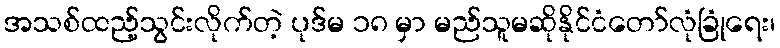
အသစ်ထည့်သွင်းလိုက်တဲ့ ပုဒ်မ ၁၈ မှာ မည်သူမဆိုနိုင်ငံတော်လုံခြုံရေး၊